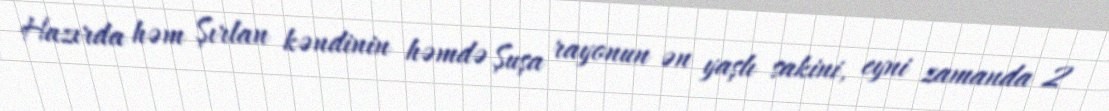
Hazırda həm Şırlan kəndinin həmdə Şuşa rayonun ən yaşlı sakini, eyni zamanda 2